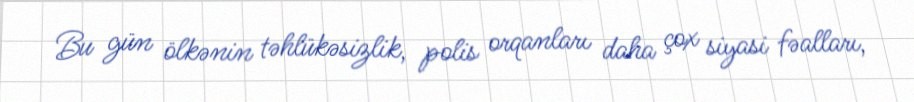
Bu gün ölkənin təhlükəsizlik, polis orqanları daha çox siyasi fəalları,